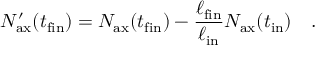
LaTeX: N _ { \mathrm { a x } } ^ { \prime } ( t _ { \mathrm { f i n } } ) = N _ { \mathrm { a x } } ( t _ { \mathrm { f i n } } ) - { \frac { \ell _ { \mathrm { f i n } } } { \ell _ { \mathrm { i n } } } } N _ { \mathrm { a x } } ( t _ { \mathrm { i n } } ) ~ ~ \ .